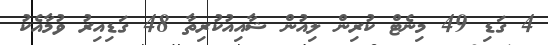
4 ގަޑި 49 މިނެޓް ކުރިން ލިއުން ޝާއިއުކުރިތާ 48 ގަޑިއިރު ވުމާއެކު